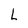
Character: L